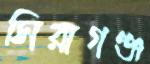
সিরাগঞ্জ